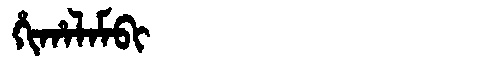
Manchu: ᡥᡳᡥᠠᠯᠠᠮᠪᡳ
Romanization: HIHALAMBI